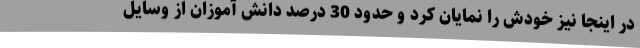
در اینجا نیز خودش را نمایان کرد و حدود 30 درصد دانش آموزان از وسایل